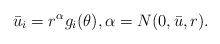
LaTeX: \begin{align*}\bar u_i=r^\alpha g_i(\theta),\alpha=N(0,\bar u,r).\end{align*}